Leaving Certificate, 1899
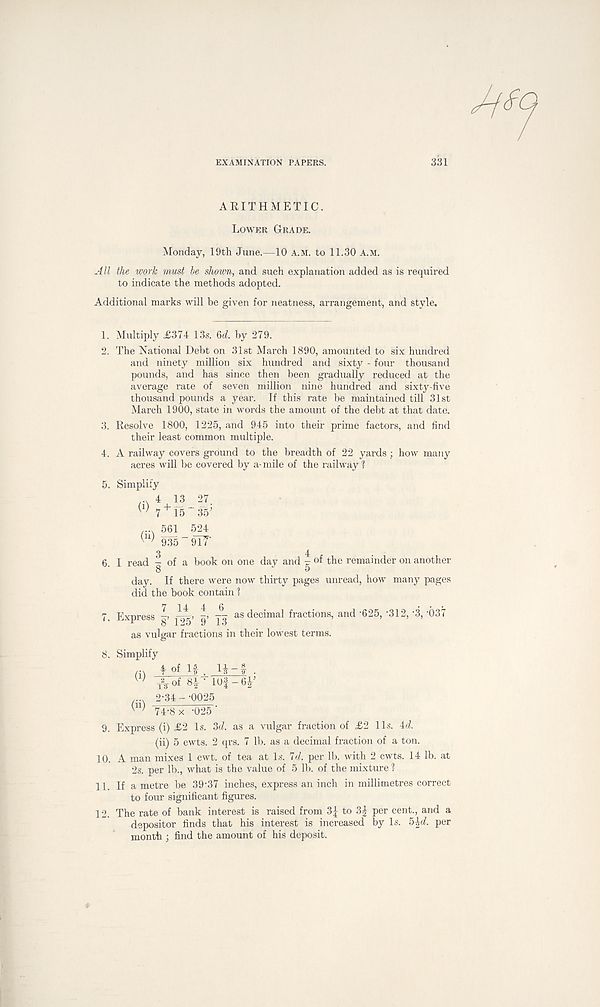
EXAMINATION PAPERS.
331
ARITHMETIC.
Lower Grade.
Monday, 19th June.—10 A.M. to 11.30 a.m.
All the work must he shown, and such explanation added as is required
to indicate the methods adopted.
Additional marks will be given for neatness, arrangement, and style.
1. Multiply £374 13s. 6d. by 279.
2. The National Debt on 31st March 1890, amounted to six hundred
and ninety million six hundred and sixty - four thousand
pounds, and has since then been gradually reduced at the
average rate of seven million nine hundred and sixty-five
thousand pounds a year. If this rate be maintained till 31st
March 1900, state in words the amount of the debt at that date.
3. Resolve 1800, 1225, and 945 into their prime factors, and find
their least common multiple.
4. A railway covers ground to the breadth of 22 yards ; how many
acres will be covered by a- mile of the railway ?
5. Simplify
w 7 15 35’
.... 561 524
935 ~ 9lT
3
4
6 I read - of a book on one day and - of the remainder on another
8
o
day. If there were now thirty pages unread, how many pages
did the book contain ?
7. Express ^
as decimal fractions, and-625, -312,-3,-037
as vulgar fractions in their lowest terms.
8. Simplify
(i)
(ii)
T % of 8| • lOf -
2-34 - -0025
74-8 x -025'
9. Express (i) £2 Is. 3d. as a vulgar fraction of £2 11s. id.
(ii) 5 cwts. 2 qrs. 7 lb. as a decimal fraction of a ton.
10. A man mixes 1 cwt. of tea at Is. 7d. per lb. with 2 cwts. 14 lb. at
2s. per lb., what is the value of 5 lb. of the mixture 1
11 jf a metre be 39-37 inches, express an inch in millimetres correct
to four significant figures.
12. The rate of bank interest is raised from 3|- to 3| per cent., and a
depositor finds that his interest is increased by Is. 5|d. per
month ; find the amount of his deposit.